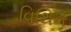
વિથિન